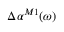
\Delta \alpha ^ { M 1 } ( \omega )